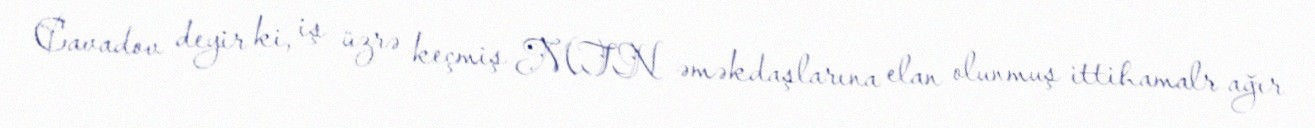
Cavadov deyir ki, iş üzrə keçmiş MTN əməkdaşlarına elan olunmuş ittihamalr ağır